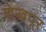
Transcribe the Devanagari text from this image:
शेखपूर